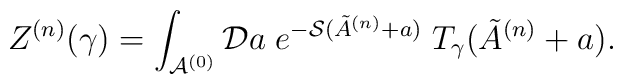
Z^{(n)}(\gamma) = \int_{{\cal A}^{(0)}} {\cal D}a \;   e^{-{\cal S}(\tilde{A}^{(n)} + a)} \;   T_{\gamma}(\tilde{A}^{(n)} + a).